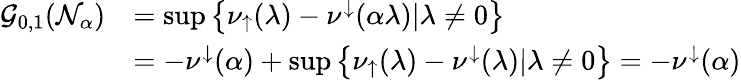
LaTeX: \begin{array}{rl}{\mathcal{G}_{0,1}(\mathcal{N}_{\alpha})}&{=\operatorname*{sup}\left\{ \nu_{\uparrow}(\lambda)-\nu^{\downarrow}(\alpha\lambda)|\lambda\neq 0\right\} }\\ &{=-\nu^{\downarrow}(\alpha)+\operatorname*{sup}\left\{ \nu_{\uparrow}(\lambda)-\nu^{\downarrow}(\lambda)|\lambda\neq 0\right\} =-\nu^{\downarrow}(\alpha)}\end{array}